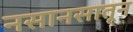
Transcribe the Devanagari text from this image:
नसानसातून